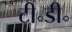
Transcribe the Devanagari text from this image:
टी॰डी॰